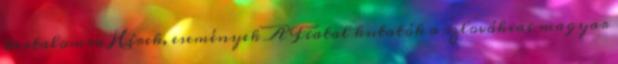
tartalomra Hírek, események A Fiatal kutatók a szlovákiai magyar